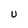
Character: U